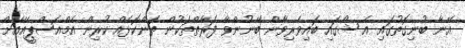
އޭނާ ބުނިގޮތުގައި އެ ޝޯގައި ބައިވެރިވާން ބޭނުންވާ ފަރާތްތަކުން ތަންކޮޅެއް ކުރިން އެމްއެސްޕީއޭއަށް